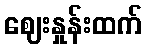
ဈေးနှုန်းထက်